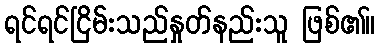
ရင်ရင်ငြိမ်းသည်နှုတ်နည်းသူ ဖြစ်၏။